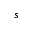
s